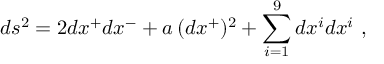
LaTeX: d s ^ { 2 } = 2 d x ^ { + } d x ^ { - } + a \, ( d x ^ { + } ) ^ { 2 } + \sum _ { i = 1 } ^ { 9 } d x ^ { i } d x ^ { i } ~ ,